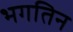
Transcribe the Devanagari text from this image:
भगतिन